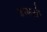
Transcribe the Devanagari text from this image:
डायरों